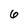
Character: 6